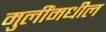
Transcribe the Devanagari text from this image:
मुलींमधील